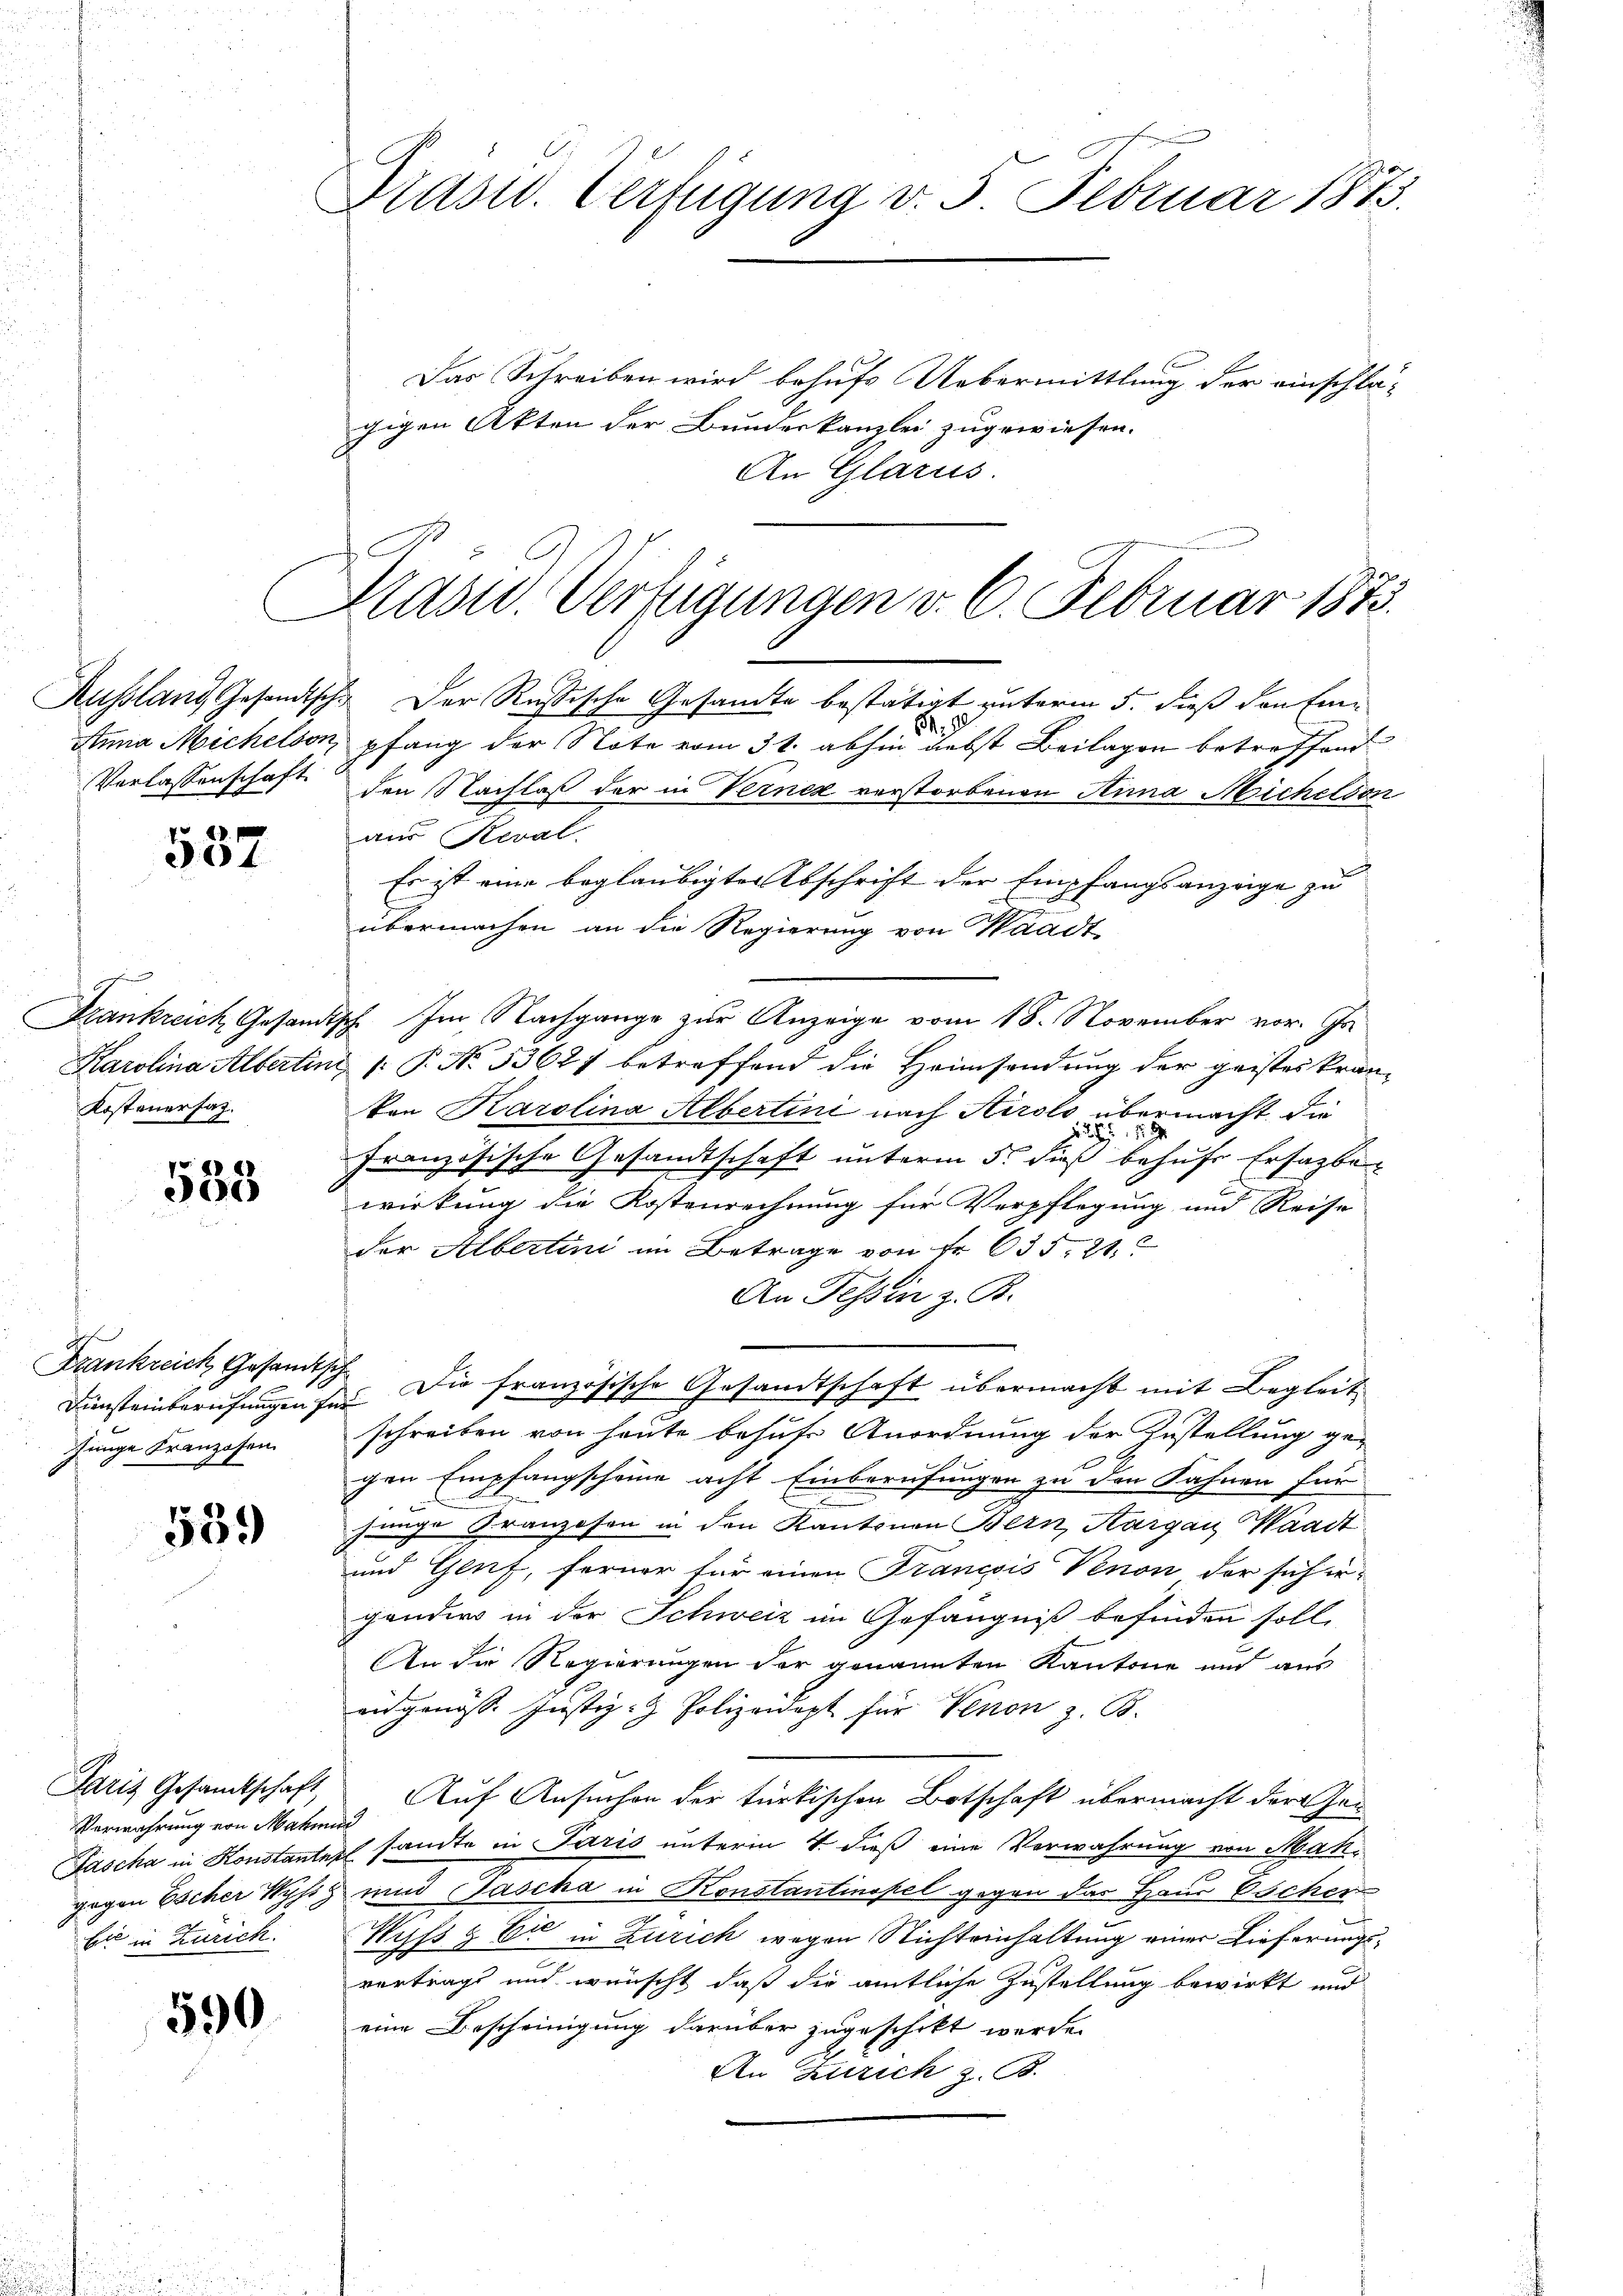
Aussland Gesandtsch
Verlassenschaft

537

Kostenersatz.

533

Krankreich, Gesandtsch
Junge Franzosen.

539

Verwahrung von Mahun
bi in Zürich.

590

Präsid. Verfügung v. 5. Februar 1873.

Das Schreiben wird behufs Uebermittlung der einschlä-
gigen Akten der Bundeskanzlei zugewiesen.
An Glarus.

Prasw. Verfügungen v. 6. Februar 1873.

. Der Russische Gesandte bestätigt unterm 5. dieß den Eine
1.
Anna Michelson, pfang der Note vom 31. abhin nebst Beilagen betreffend
den Nachlaß der in Verner verstorbenen Anna Nichelson
aus Reval.
Es ist eine beglaubigter Abschrift der Empfangsanzeige zu
übermachen an die Regierung von Waadt
Frankreich, Gesandtsch. Im Nachgange zur Anzeige vom 18. November vor. Js.
Karolina Albertini /: P. No. 33627 betreffend die Heimsendung der geisteskrankon Karolina Albertini nach Airolo übermacht, die
1
1
Französische Gesandtschaft unterm 5. dieß behufs Ersatzbe-
F
wirkung die Kostenrechnung für Verpflegung und Reise
der Albertini im Betrage von Fr. 635, 24.
An Tessin z. B.
Diensteinberufungen für Die französische Gesandtschaft übermacht mit Begleit
schreiben von heute behufs Anordnung der Zustellung ge-
gen Empfangscheine acht Einberufungen zu den Fahnen für
jange Kranzosen in den Kantonen Bern, Aargau, Waadt
und Genf, ferner für einen Francois Venon der sich ir-
ganders in der Schweiz im Gefängniß befinden soll,
An die Regierungen der genannten Kantone und aus
eidgenösse Justiz- & Polizeidept für Venen z. B.
Saritz Gesandtschaft, Auf Ansuchen der türkischen Botschaft übermacht der Ge¬
Jascha in Konstantez sandte in Paris unterm 4. dieß eine Verwahrung von Mahgegen Escher Wyss und Tascha in Konstantinopel gegen das Haus Escher
Wuss g Er in Zürich wegen Nichteinhaltung einer Lieferungsvertragt und wünscht, daß die amtliche Zustellung bewirkt und
eine Bescheinigung darüber zugeschikt werde.
An Zürich z. B.